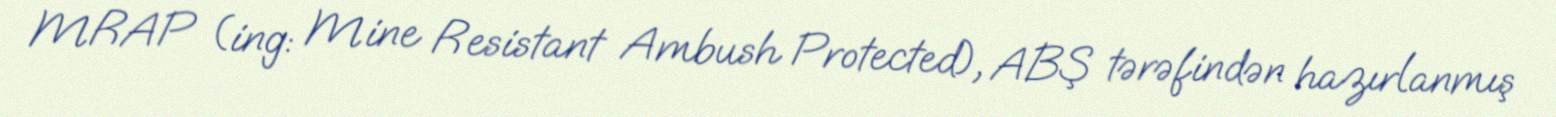
MRAP (ing: Mine Resistant Ambush Protected), ABŞ tərəfindən hazırlanmış